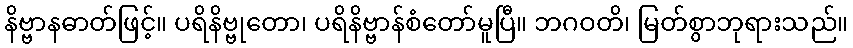
နိဗ္ဗာနဓာတ်ဖြင့်။ ပရိနိဗ္ဗုတော၊ ပရိနိဗ္ဗာန်စံတော်မူပြီ။ ဘဂဝတိ၊ မြတ်စွာဘုရားသည်။